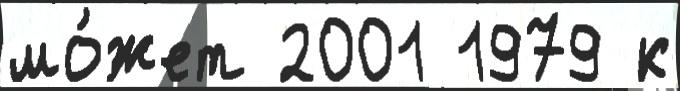
мо́жет 2001 1979 к